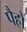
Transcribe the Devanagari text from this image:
पैहो